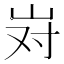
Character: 𫵹